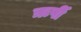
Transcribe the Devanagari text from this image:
ऋर्षी